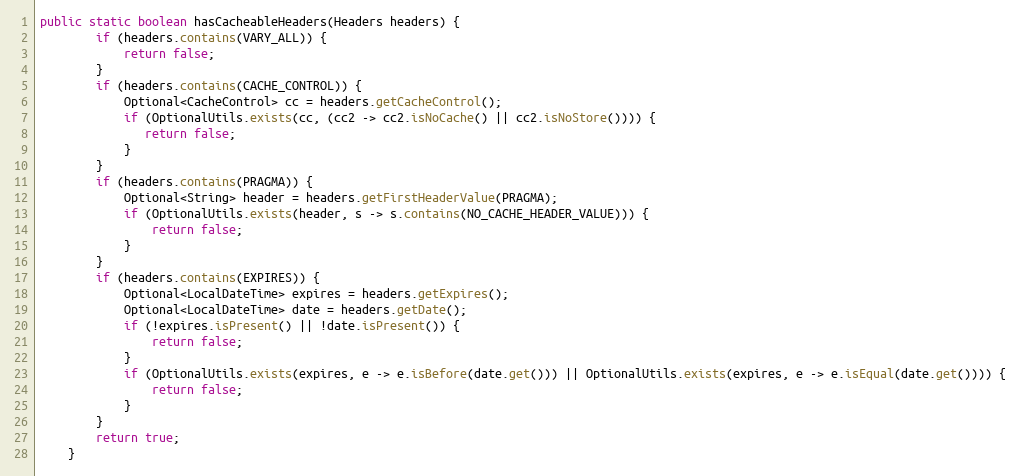
Language: Java
public static boolean hasCacheableHeaders(Headers headers) {
        if (headers.contains(VARY_ALL)) {
            return false;
        }
        if (headers.contains(CACHE_CONTROL)) {
            Optional<CacheControl> cc = headers.getCacheControl();
            if (OptionalUtils.exists(cc, (cc2 -> cc2.isNoCache() || cc2.isNoStore()))) {
               return false;
            }
        }
        if (headers.contains(PRAGMA)) {
            Optional<String> header = headers.getFirstHeaderValue(PRAGMA);
            if (OptionalUtils.exists(header, s -> s.contains(NO_CACHE_HEADER_VALUE))) {
                return false;
            }
        }
        if (headers.contains(EXPIRES)) {
            Optional<LocalDateTime> expires = headers.getExpires();
            Optional<LocalDateTime> date = headers.getDate();
            if (!expires.isPresent() || !date.isPresent()) {
                return false;
            }
            if (OptionalUtils.exists(expires, e -> e.isBefore(date.get())) || OptionalUtils.exists(expires, e -> e.isEqual(date.get()))) {
                return false;
            }
        }
        return true;
    }